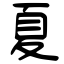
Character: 夏